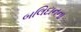
બલિદાનના